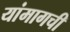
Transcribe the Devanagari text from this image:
यांमागची